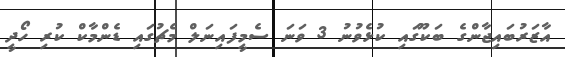
އާޒަރުބައިޖާންގެ ބަކޫގައި ކުޅެވުނު 3 ވަނަ ސެމީފައިނަލް މެޗުގައި ޑެންމާކް ކުރި ހޯދީ